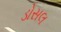
ડોસલ